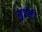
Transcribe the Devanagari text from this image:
जुईली